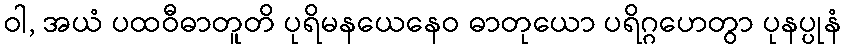
ဝါ, အယံ ပထဝီဓာတူတိ ပုရိမနယေနေဝ ဓာတုယော ပရိဂ္ဂဟေတွာ ပုနပ္ပုနံ